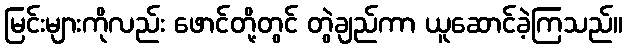
မြင်းများကိုလည်း ဖောင်တို့တွင် တွဲချည်ကာ ယူဆောင်ခဲ့ကြသည်။